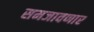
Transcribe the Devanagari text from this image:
समजावणार